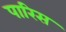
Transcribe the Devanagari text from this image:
पारिस